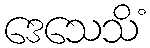
ဒေသေသိံ